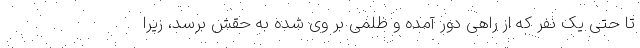
تا حتی یک نفر که از راهی دور آمده و ظلمی بر وی شده به حقش برسد، زیرا